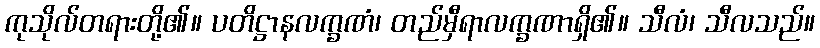
ကုသိုလ်တရားတို့၏။ ပတိဋ္ဌာနလက္ခဏံ၊ တည်မှီရာလက္ခဏာရှိ၏။ သီလံ၊ သီလသည်။